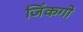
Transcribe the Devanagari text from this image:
जिंकगो